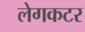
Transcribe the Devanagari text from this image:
लेगकटर